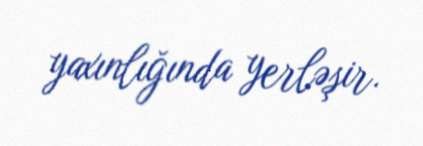
yaxınlığında yerləşir.